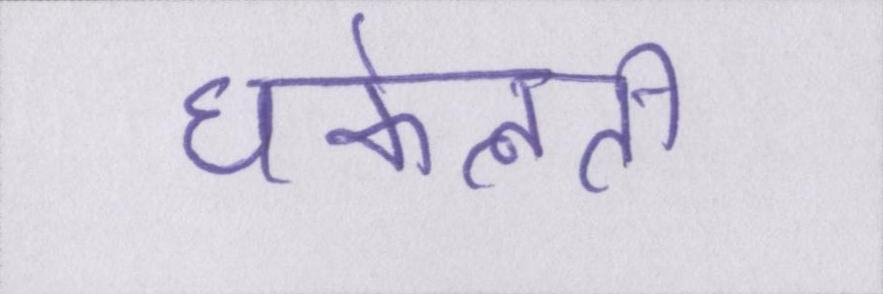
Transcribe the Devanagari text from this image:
धकेलती